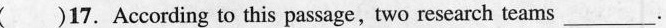
( )17. According to this passage,two research teams___.